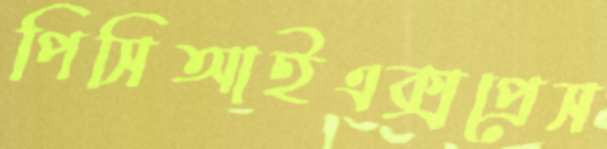
পিসিআইএক্সপ্রেস